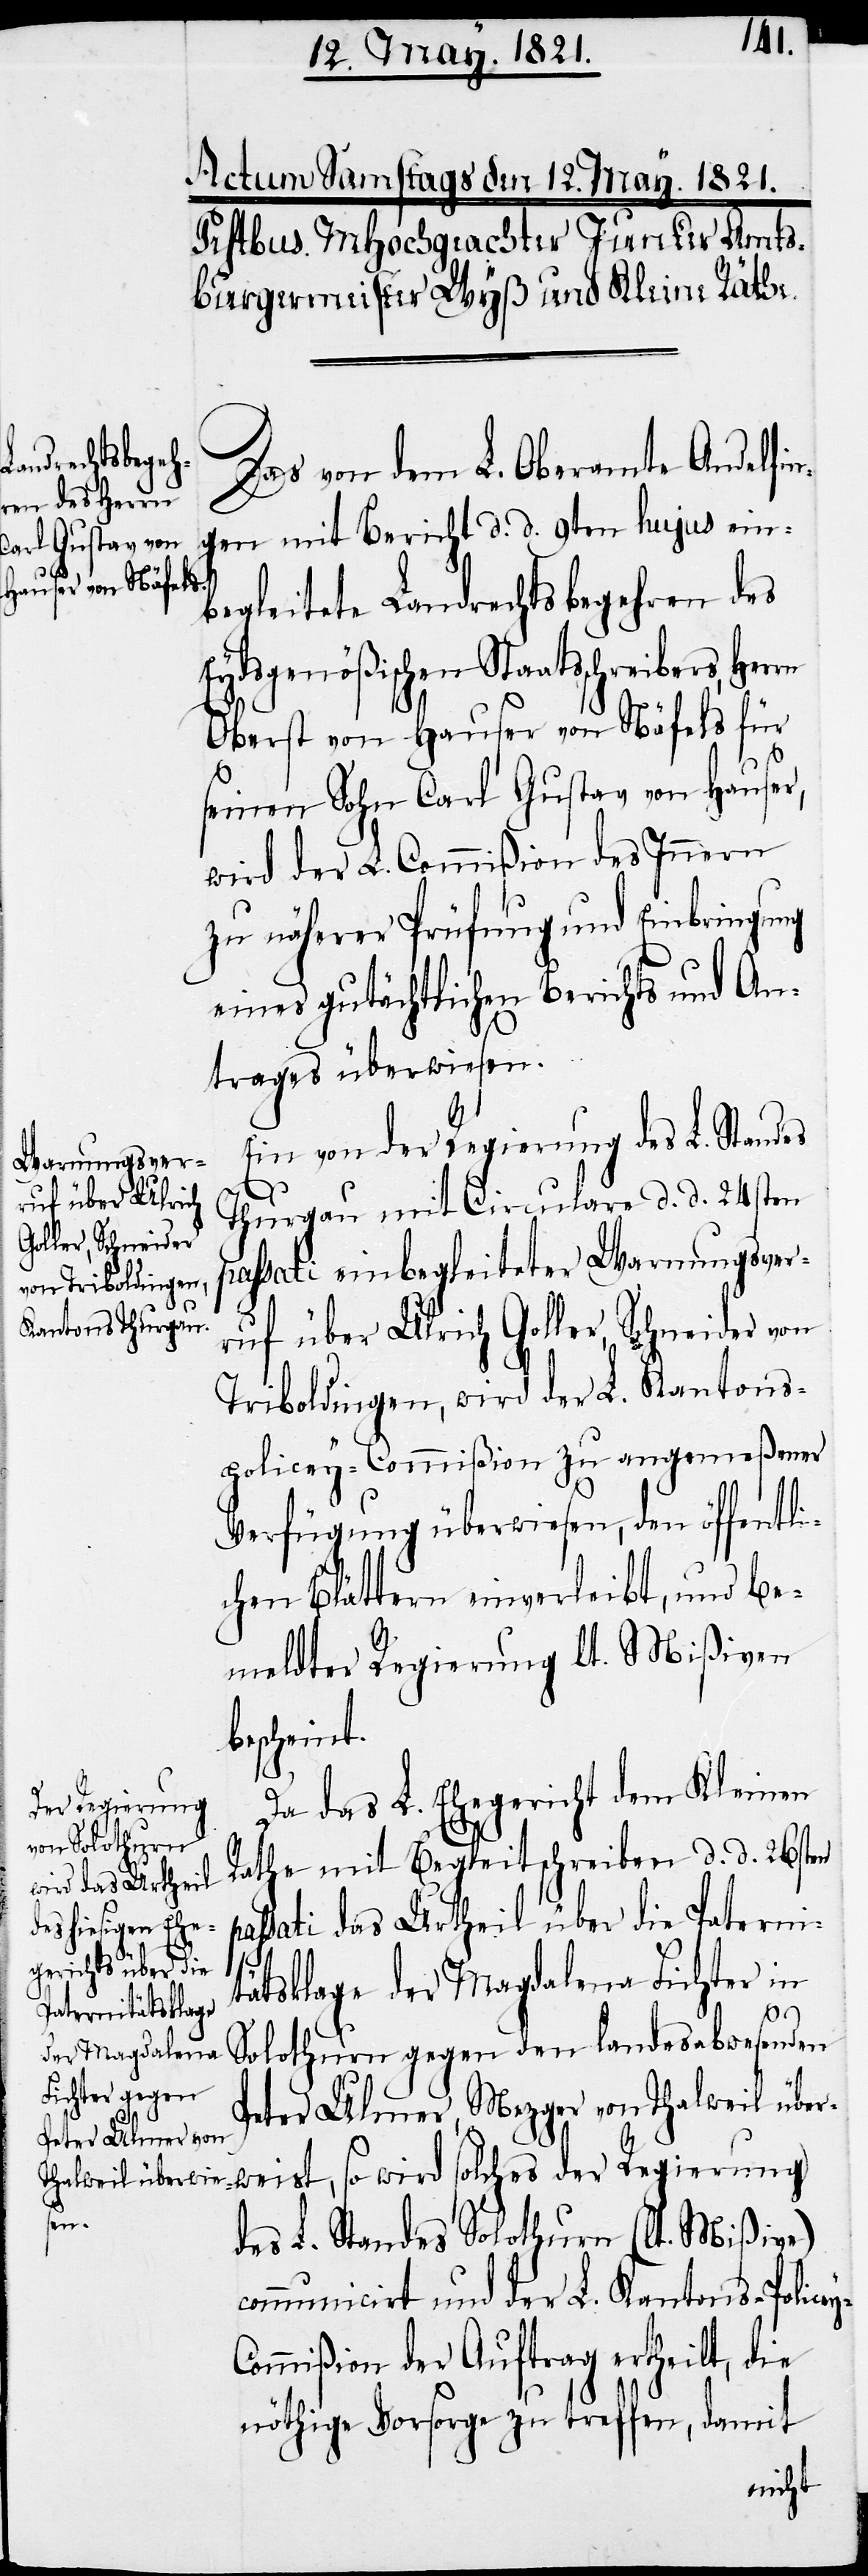
Das von dem L. Oberamte Andelfin¬
gen mit Bericht d. d. 9ten hujus ein¬
begleitete Landrechtsbegehren des
Eydsgenößischen Staatsschreibers, Her¬
Oberst von Hauser von Näfels für
seinen Sohne Carl Gustav von Hauser,
wird der L. Commißion des Innern
zu näherer Prüfung und Einbringung
eines gutächtlichen Berichts und An¬
trages überwiesen.
Ein von der Regierung des L. Standes
Thurgau mit Circulare d. d. 24sten
passati einbegleiteter Warnungsver¬
ruf über Ulrich Goller, Schneider von
Triboldingen, wird der L. Kantons¬
policey-Commißion zu angemeßener
Verfügung überwiesen, den öffentli¬
chen Blättern einverleibt, und be¬
meldter Regierung lt. Mißiven
bescheint.
Da das L. Ehegericht dem Kleinen
Rathe mit Begleitschreiben d. d. 26sten
sati das Urtheil über die Paterni¬
pas¬
tätsklage der Magdalena Fichter in
Solothurn gegen den landesabwesenden
Peter Ulmer, Metzger von Thalweil über¬
weist, so wird solches der Regierung
y-C¬
des L. Standes Solothurn (lt. Mißive)
communicirt und der L. Kantons-Police¬
ommißion der Auftrag ertheilt, die
nöthige Vorsorge zu treffen, damit